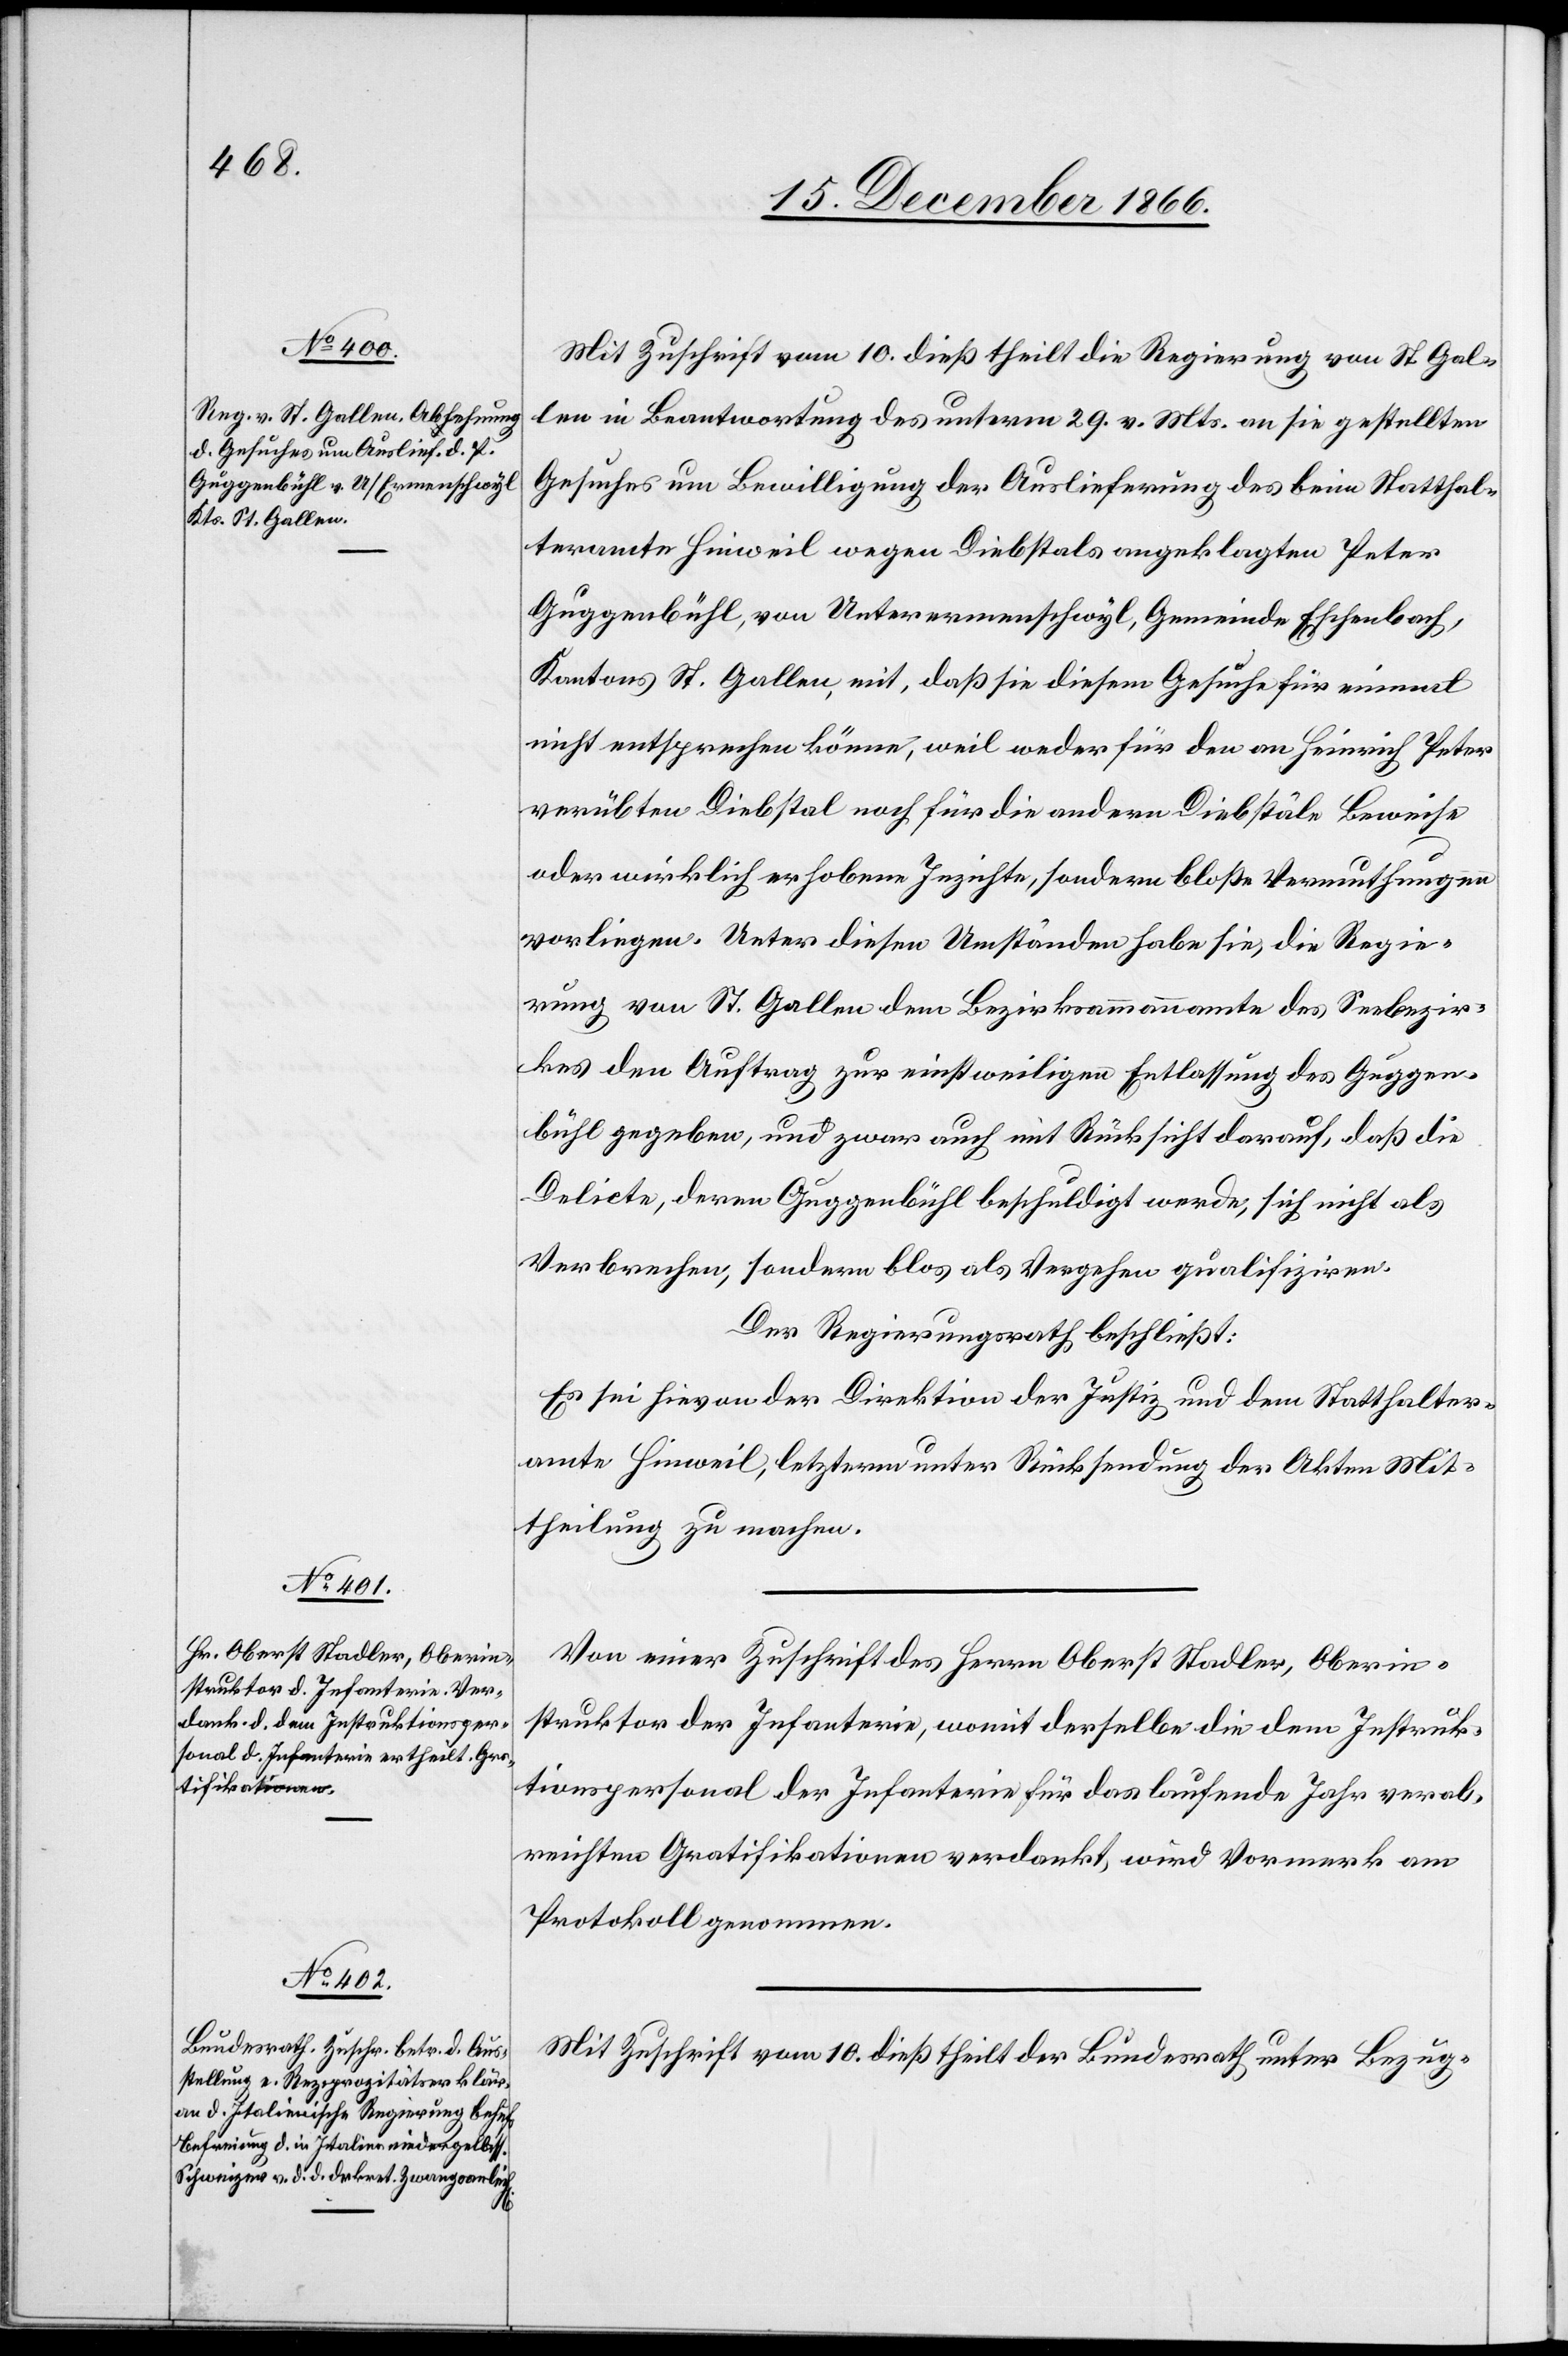
Mit Zuschrift vom 10. dieß theilt die Regierung von St. Gal¬
len in Beantwortung des unterm 29. v. Mts. an sie gestellten
Gesuches um Bewilligung der Auslieferung des beim Statthal¬
teramte Hinweil wegen Diebstals angeklagten Peter
Guggenbühl, von Unterermenschwyl, Gemeinde Eschenbach,
Kantons St. Gallen, mit, daß sie diesem Gesuche für einmal
nicht entsprechen könne, weil weder für den an Heinrich Peter
verübten Diebstal noch für die andern Diebstäle Beweise
oder wirklich erhobene Inzichte, sondern bloße Vermuthungen
vorliegen. Unter diesen Umständen habe sie, die Regie¬
rung von St. Gallen dem Bezirksammannamte des Seebezir¬
kes den Auftrag zur einstweiligen Entlassung des Guggen¬
bühl gegeben, und zwar auch mit Rücksicht darauf, daß die
Delicte, deren Guggenbühl beschuldigt werde, sich nicht als
Verbrechen, sondern blos als Vergehen qualifiziren.
Der Regierungsrath beschließt:
Es sei hievon der Direktion der Justiz und dem Statthalter¬
amte Hinweil, letzterm unter Rücksendung der Akten Mit¬
theilung zu machen.
Von einer Zuschrift des Herrn Oberst Stadler, Oberin¬
struktor der Infanterie, womit derselbe die dem Instruk¬
tionspersonal der Infanterie für das laufende Jahr verab¬
reichten Gratifikationen verdankt, wird Vormerk am
Protokoll genommen.
Mit Zuschrift vom 10. dieß theilt der Bundesrath unter Bezug-